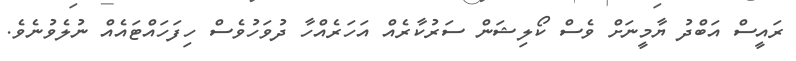
ރައީސް އަބްދު ޔާމީނަށް ވެސް ކޯލިޝަން ސަރުކާރެއް އަހަރެއްހާ ދުވަހުވެސް ހިފަހައްޓައެއް ނުލެވުނެވެ.